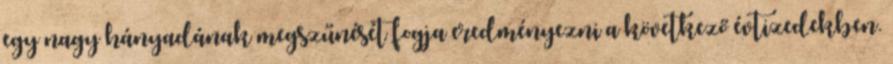
egy nagy hányadának megszűnését fogja eredményezni a következő évtizedekben.